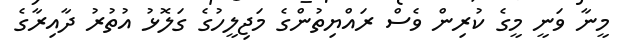
މީނާ ވަނީ މީގެ ކުރިން ވެސް ރައްޔިތުންގެ މަޖިލީހުގެ ގަލޮޅު އުތުރު ދާއިރާގެ